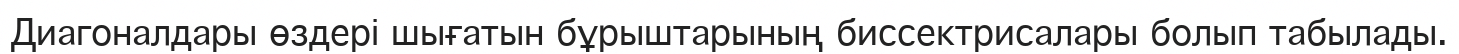
Диагоналдары өздері шығатын бұрыштарының биссектрисалары болып табылады.